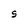
Character: S